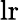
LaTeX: \mathrm{lr}